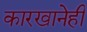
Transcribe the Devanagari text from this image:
कारखानेही